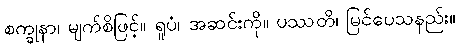
စက္ခုနာ၊ မျက်စိဖြင့်။ ရူပံ၊ အဆင်းကို။ ပဿတိ၊ မြင်ပေသနည်း။